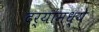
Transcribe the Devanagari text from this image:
दर्‍यांमध्ये